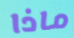
ماذا